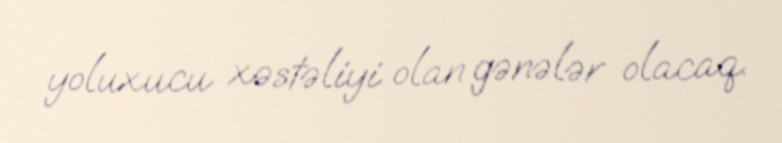
yoluxucu xəstəliyi olan gənələr olacaq.